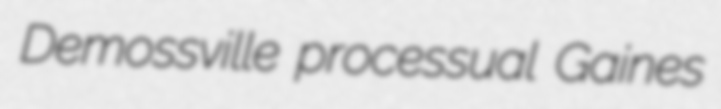
Demossville processual Gaines